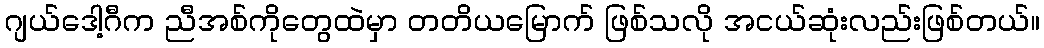
ဂျယ်ဒေါ့ဂီက ညီအစ်ကိုတွေထဲမှာ တတိယမြောက် ဖြစ်သလို အငယ်ဆုံးလည်းဖြစ်တယ်။